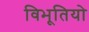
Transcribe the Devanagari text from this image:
विभूतियो